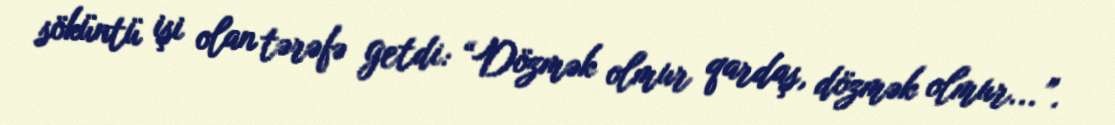
söküntü işi olan tərəfə getdi: “Dözmək olmur qardaş, dözmək olmur...”.